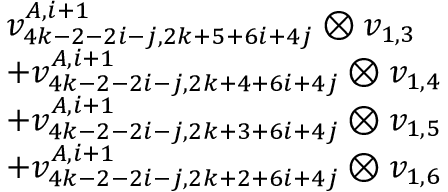
\begin{array} { r l } & { v _ { 4 k - 2 - 2 i - j , 2 k + 5 + 6 i + 4 j } ^ { A , i + 1 } \otimes v _ { 1 , 3 } } \\ & { + v _ { 4 k - 2 - 2 i - j , 2 k + 4 + 6 i + 4 j } ^ { A , i + 1 } \otimes v _ { 1 , 4 } } \\ & { + v _ { 4 k - 2 - 2 i - j , 2 k + 3 + 6 i + 4 j } ^ { A , i + 1 } \otimes v _ { 1 , 5 } } \\ & { + v _ { 4 k - 2 - 2 i - j , 2 k + 2 + 6 i + 4 j } ^ { A , i + 1 } \otimes v _ { 1 , 6 } } \end{array}